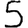
Digit: 5